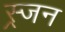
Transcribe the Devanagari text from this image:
स्र्जन